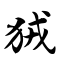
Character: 狨